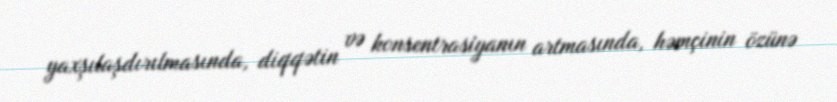
yaxşılaşdırılmasında, diqqətin və konsentrasiyanın artmasında, həmçinin özünə